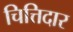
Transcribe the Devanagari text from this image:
चित्तिदार